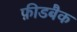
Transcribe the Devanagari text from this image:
फ़ीडबैक